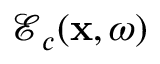
\boldsymbol { \mathcal { E } } _ { c } ( \mathbf { x } , \omega )